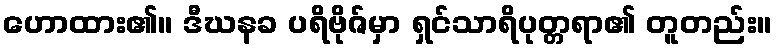
ဟောထား၏။ ဒီဃနခ ပရိဗိုဇ်မှာ ရှင်သာရိပုတ္တရာ၏ တူတည်း။